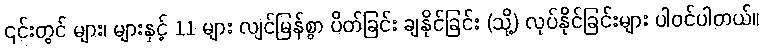
၎င်းတွင် များ၊ များနှင့် 11 များ လျင်မြန်စွာ ပိတ်ခြင်း ချနိုင်ခြင်း (သို့) လုပ်နိုင်ခြင်းများ ပါဝင်ပါတယ်။